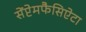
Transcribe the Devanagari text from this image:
सेंप्टेमफैसिऐटा